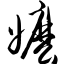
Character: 嬷